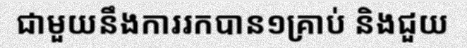
ជាមួយនឹងការរកបាន១គ្រាប់ និងជួយ